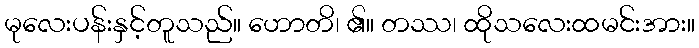
မုလေးပန်းနှင့်တူသည်။ ဟောတိ၊ ၏။ တဿ၊ ထိုသလေးထမင်းအား။